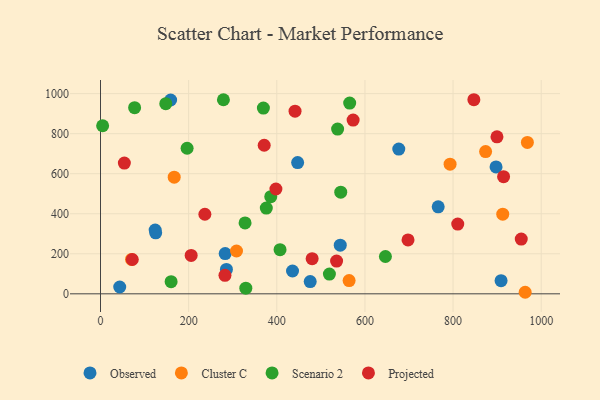
{"axis": {"x": "Distance", "y": "Sales"}, "legend": ["Cluster C", "Observed", "Projected", "Scenario 2"], "data": [{"x": "908.9", "y": 65.4, "type": "Observed"}, {"x": "435.7", "y": 113.9, "type": "Observed"}, {"x": "124.0", "y": 318.5, "type": "Observed"}, {"x": "125.2", "y": 304.8, "type": "Observed"}, {"x": "475.8", "y": 61.0, "type": "Observed"}, {"x": "159.1", "y": 968.3, "type": "Observed"}, {"x": "285.7", "y": 121.7, "type": "Observed"}, {"x": "766.2", "y": 434.6, "type": "Observed"}, {"x": "282.9", "y": 200.9, "type": "Observed"}, {"x": "897.5", "y": 633.8, "type": "Observed"}, {"x": "447.3", "y": 655.4, "type": "Observed"}, {"x": "43.6", "y": 34.1, "type": "Observed"}, {"x": "676.8", "y": 723.0, "type": "Observed"}, {"x": "544.0", "y": 243.0, "type": "Observed"}, {"x": "70.4", "y": 171.7, "type": "Cluster C"}, {"x": "167.2", "y": 582.9, "type": "Cluster C"}, {"x": "308.6", "y": 213.9, "type": "Cluster C"}, {"x": "564.1", "y": 65.9, "type": "Cluster C"}, {"x": "793.2", "y": 647.7, "type": "Cluster C"}, {"x": "963.6", "y": 7.7, "type": "Cluster C"}, {"x": "873.8", "y": 710.4, "type": "Cluster C"}, {"x": "912.7", "y": 398.0, "type": "Cluster C"}, {"x": "968.6", "y": 756.4, "type": "Cluster C"}, {"x": "376.2", "y": 428.1, "type": "Scenario 2"}, {"x": "196.5", "y": 727.2, "type": "Scenario 2"}, {"x": "407.4", "y": 220.7, "type": "Scenario 2"}, {"x": "148.1", "y": 950.1, "type": "Scenario 2"}, {"x": "278.9", "y": 969.4, "type": "Scenario 2"}, {"x": "77.4", "y": 929.8, "type": "Scenario 2"}, {"x": "565.4", "y": 952.8, "type": "Scenario 2"}, {"x": "646.5", "y": 186.4, "type": "Scenario 2"}, {"x": "545.1", "y": 507.7, "type": "Scenario 2"}, {"x": "386.3", "y": 485.3, "type": "Scenario 2"}, {"x": "4.8", "y": 839.7, "type": "Scenario 2"}, {"x": "328.0", "y": 354.0, "type": "Scenario 2"}, {"x": "160.2", "y": 60.7, "type": "Scenario 2"}, {"x": "329.7", "y": 28.0, "type": "Scenario 2"}, {"x": "519.4", "y": 98.7, "type": "Scenario 2"}, {"x": "538.0", "y": 823.1, "type": "Scenario 2"}, {"x": "369.6", "y": 928.1, "type": "Scenario 2"}, {"x": "480.2", "y": 175.8, "type": "Projected"}, {"x": "371.4", "y": 742.2, "type": "Projected"}, {"x": "847.2", "y": 969.6, "type": "Projected"}, {"x": "205.7", "y": 192.0, "type": "Projected"}, {"x": "282.4", "y": 92.2, "type": "Projected"}, {"x": "954.7", "y": 273.3, "type": "Projected"}, {"x": "72.1", "y": 171.5, "type": "Projected"}, {"x": "899.6", "y": 784.3, "type": "Projected"}, {"x": "54.1", "y": 653.1, "type": "Projected"}, {"x": "398.0", "y": 523.5, "type": "Projected"}, {"x": "236.8", "y": 397.5, "type": "Projected"}, {"x": "535.7", "y": 163.5, "type": "Projected"}, {"x": "810.6", "y": 348.2, "type": "Projected"}, {"x": "914.6", "y": 585.1, "type": "Projected"}, {"x": "573.2", "y": 868.0, "type": "Projected"}, {"x": "441.4", "y": 912.3, "type": "Projected"}, {"x": "697.8", "y": 269.4, "type": "Projected"}]}